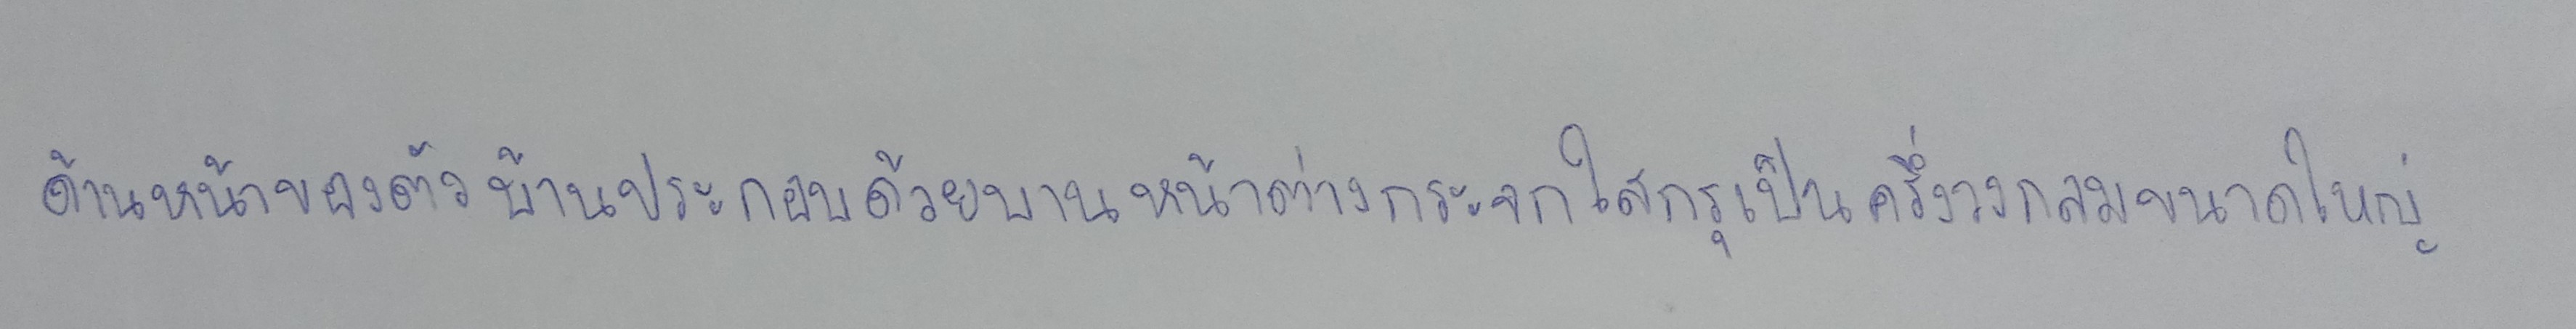
ด้านหน้าของตัวบ้านประกอบด้วยบานหน้าต่างกระจกใสกรุเป็นครึ่งวงกลมขนาดใหญ่